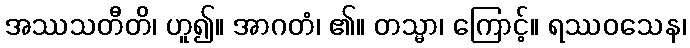
အဿသတီတိ၊ ဟူ၍။ အာဂတံ၊ ၏။ တသ္မာ၊ ကြောင့်။ ရဿဝသေန၊